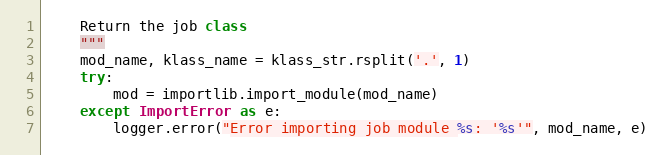
Language: Python
    Return the job class
    """
    mod_name, klass_name = klass_str.rsplit('.', 1)
    try:
        mod = importlib.import_module(mod_name)
    except ImportError as e:
        logger.error("Error importing job module %s: '%s'", mod_name, e)